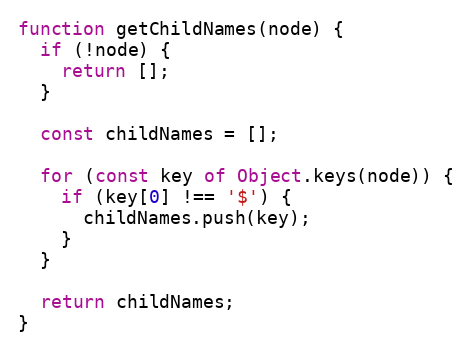
Language: JavaScript
function getChildNames(node) {
  if (!node) {
    return [];
  }

  const childNames = [];

  for (const key of Object.keys(node)) {
    if (key[0] !== '$') {
      childNames.push(key);
    }
  }

  return childNames;
}